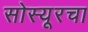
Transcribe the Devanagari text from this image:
सोस्यूरचा